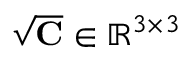
\sqrt { \mathbf C } \in \mathbb R ^ { 3 \times 3 }